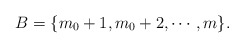
\begin{align*} B=\{m_{0}+1,m_{0}+2,\cdots,m\}.\end{align*}